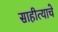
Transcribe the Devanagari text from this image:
साहीत्याचे